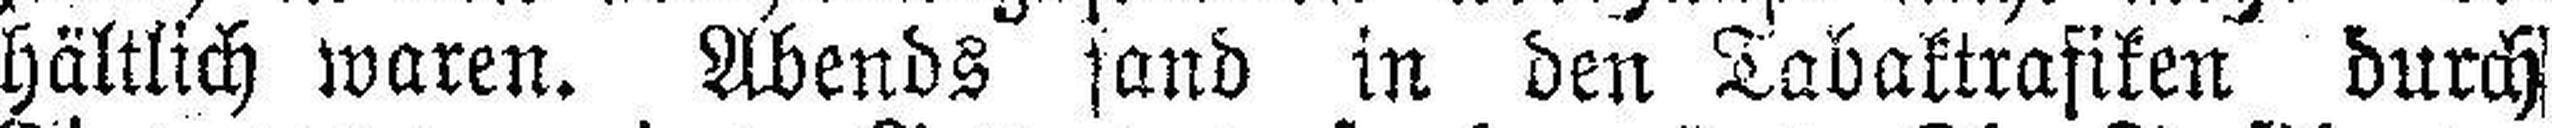
hältlich waren. Abends sand in den Tabaktrafiken durch